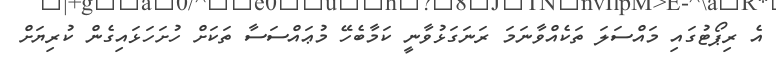
އެ ރިޕޯޓުގައި މައްސަލަ ތަކެއްވާނަމަ ރަނަގަޅުވާނީ ކަމާބެހޭ މުޢައްސަސާ ތަކަށް ހުށަހަޅައިގެން ކުރިޔަށް